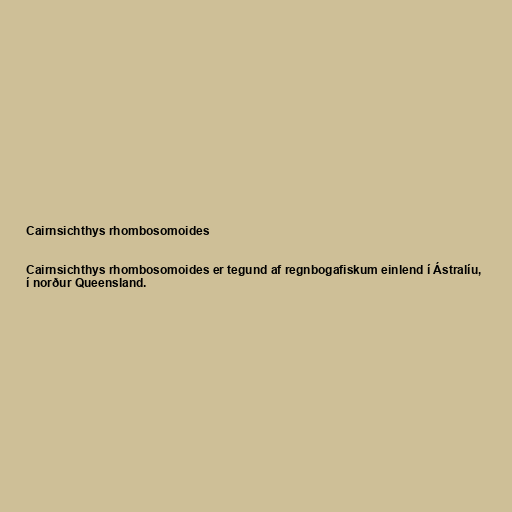
Cairnsichthys rhombosomoides

Cairnsichthys rhombosomoides er tegund af regnbogafiskum einlend í Ástralíu,
í norður Queensland.